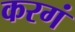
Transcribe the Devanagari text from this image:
करगं